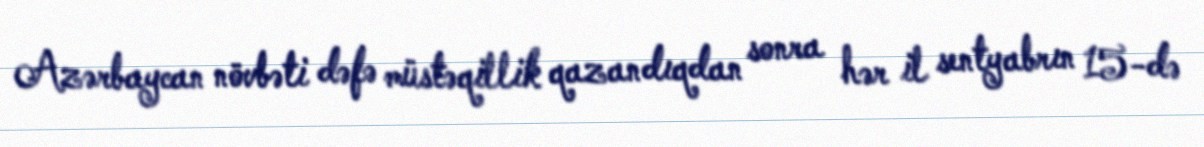
Azərbaycan növbəti dəfə müstəqillik qazandıqdan sonra hər il sentyabrın 15-də